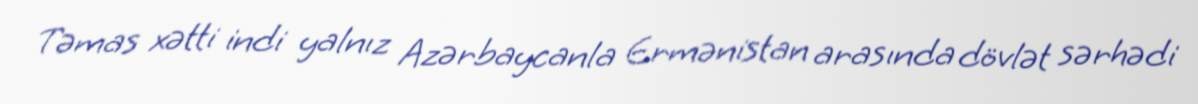
Təmas xətti indi yalnız Azərbaycanla Ermənistan arasında dövlət sərhədi